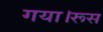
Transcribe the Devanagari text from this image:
गया।रूस